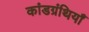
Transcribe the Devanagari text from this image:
कांडग्रंथियाँ